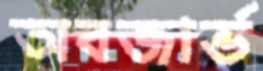
অবজার্ভ